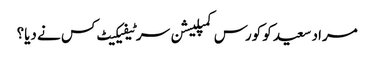
مراد سعید کو کورس کمپلیشن سرٹیفیکیٹ کس نے دیا؟